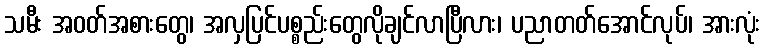
သမီး အဝတ်အစားတွေ၊ အလှပြင်ပစ္စည်းတွေလိုချင်လာပြီလား၊ ပညာတတ်အောင်လုပ်၊ အားလုံး